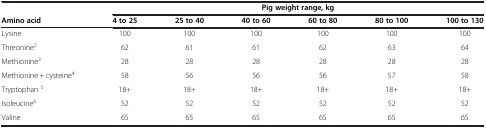
<table><thead><tr><td><b> </b></td><td colspan="6"><b>Pig weight range, kg</b></td></tr><tr><td><b>Amino acid</b></td><td><b>4 to 25</b></td><td><b>25 to 40</b></td><td><b>40 to 60</b></td><td><b>60 to 80</b></td><td><b>80 to 100</b></td><td><b>100 to 130</b></td></tr></thead><tbody><tr><td>Lysine</td><td>100</td><td>100</td><td>100</td><td>100</td><td>100</td><td>100</td></tr><tr><td>Threonine<sup>2</sup></td><td>62</td><td>61</td><td>61</td><td>62</td><td>63</td><td>64</td></tr><tr><td>Methionine<sup>3</sup></td><td>28</td><td>28</td><td>28</td><td>28</td><td>28</td><td>28</td></tr><tr><td>Methionine + cysteine<sup>4</sup></td><td>58</td><td>56</td><td>56</td><td>56</td><td>57</td><td>58</td></tr><tr><td>Tryptophan <sup>5</sup></td><td>18+</td><td>18+</td><td>18+</td><td>18+</td><td>18+</td><td>18+</td></tr><tr><td>Isoleucine<sup>6</sup></td><td>52</td><td>52</td><td>52</td><td>52</td><td>52</td><td>52</td></tr><tr><td>Valine</td><td>65</td><td>65</td><td>65</td><td>65</td><td>65</td><td>65</td></tr></tbody></table>